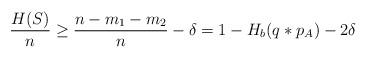
LaTeX: \begin{align*}\frac{H(S)}{n}&\geq\frac{n-m_1-m_2}{n}-\delta=1- H_b(q*p_A)-2\delta\end{align*}